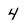
Character: 4